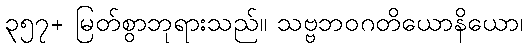
၃၅၇+ မြတ်စွာဘုရားသည်။ သဗ္ဗဘဝဂတိယောနိယော၊